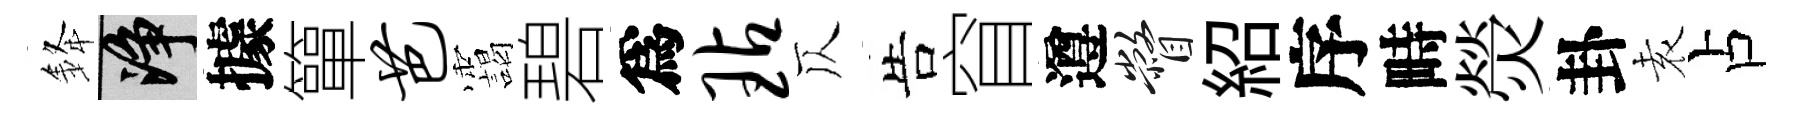
𨦟净據簞芭靄碧爲玷仄告窅遵瞥紹序畤熒卦𡊮占